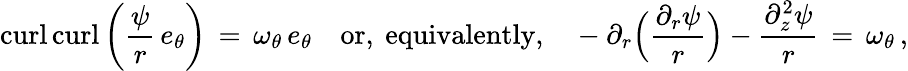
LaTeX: \mathop{\mathrm{curl}}\mathop{\mathrm{curl}}\left(\frac{\psi}{r}\, e_{\theta}\right)\, =\, \omega_{\theta}\, e_{\theta}\quad\mathrm{or,~equivalently,}\quad-\partial_{r}\Bigl(\frac{\partial_{r}\psi}{r}\Bigr)-\frac{\partial_{z}^{2}\psi}{r}\, =\, \omega_{\theta}\, ,